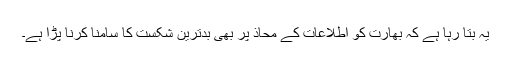
یہ بتا رہا ہے کہ بھارت کو اطلاعات کے محاذ پر بھی بدترین شکست کا سامنا کرنا پڑا ہے۔